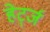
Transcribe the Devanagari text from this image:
हेर्ट्ज